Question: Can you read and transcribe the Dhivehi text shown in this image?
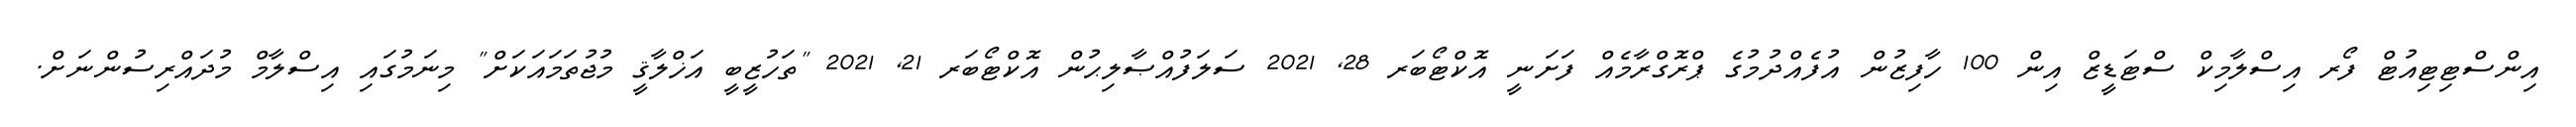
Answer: އިންސްޓިޓިއުޓް ފޯރ އިސްލާމިކް ސްޓަޑީޒް އިން 100 ހާފިޒުން އުފެއްދުމުގެ ޕްރޮގްރާމެއް ފަށަނީ އޮކްޓޯބަރ 28, 2021 ސަލަފުއްޞާލިޙުން އޮކްޓޯބަރ 21, 2021 "ތަހުޒީބީ އަޚްލާޤީ މުޖުތަމައަކަށް" މިނަމުގައި އިސްލާމް މުދައްރިސުންނަށް.